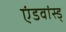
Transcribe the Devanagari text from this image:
एंडवांस्ड्